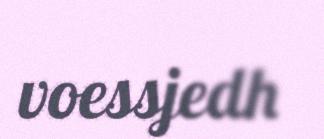
voessjedh